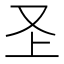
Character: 𭆦